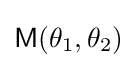
{\mathsf {M}}(\theta _{1},\theta _{2})